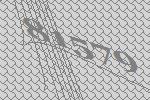
81579